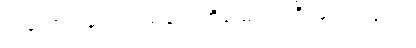
တတော ပရေ ပရသုဝေ၊ ဟိယျောတု ဒိဝသေ ဂတေ။